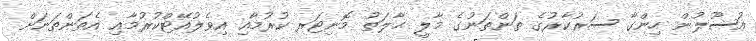
އުސޫލުން ހިންގާ ސަރުކާރުގެ ތަންތަނުގެ މާލީ ޙާލަތު މޮނިޓަރ ކުރުމާއި އިވެލުއޭޓްކުރުމާއި އެތަންތަނަށް